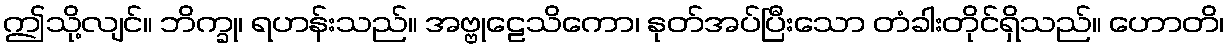
ဤသို့လျင်။ ဘိက္ခု၊ ရဟန်းသည်။ အဗ္ဗုဠေသိကော၊ နုတ်အပ်ပြီးသော တံခါးတိုင်ရှိသည်။ ဟောတိ၊